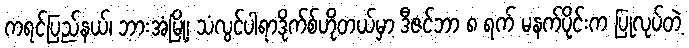
ကရင်ပြည်နယ်၊ ဘားအံမြို့၊ သံလွင်ပါရာဒိုက်စ်ဟိုတယ်မှာ ဒီဇင်ဘာ ၈ ရက် မနက်ပိုင်းက ပြုလုပ်တဲ့